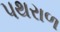
પથરાળ